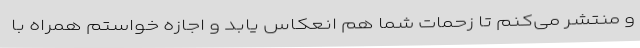
و منتشر می‌کنم تا زحمات شما هم انعکاس یابد و اجازه خواستم همراه با